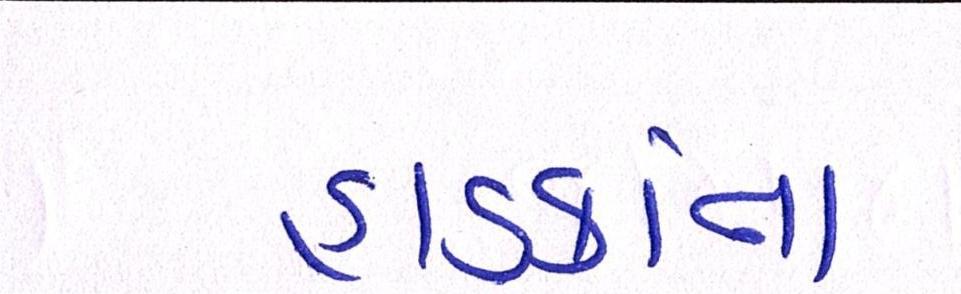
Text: હાડકાંના